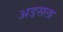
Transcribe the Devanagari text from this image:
अडसला